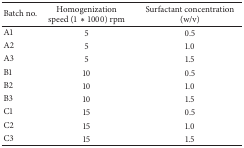
<table><thead><tr><td><b>Batch no.</b></td><td><b>Homogenization speed (1∗1000) rpm</b></td><td><b>Surfactant concentration (w/v)</b></td></tr></thead><tbody><tr><td>A1</td><td>5</td><td>0.5</td></tr><tr><td>A2</td><td>5</td><td>1.0</td></tr><tr><td>A3</td><td>5</td><td>1.5</td></tr><tr><td>B1</td><td>10</td><td>0.5</td></tr><tr><td>B2</td><td>10</td><td>1.0</td></tr><tr><td>B3</td><td>10</td><td>1.5</td></tr><tr><td>C1</td><td>15</td><td>0.5</td></tr><tr><td>C2</td><td>15</td><td>1.0</td></tr><tr><td>C3</td><td>15</td><td>1.5</td></tr></tbody></table>